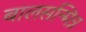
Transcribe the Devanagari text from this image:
बालसन्मित्र